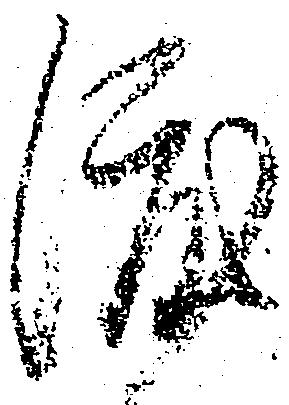
渡